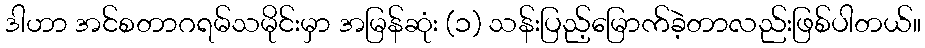
ဒါဟာ အင်စတာဂရမ်သမိုင်းမှာ အမြန်ဆုံး (၁) သန်းပြည့်မြောက်ခဲ့တာလည်းဖြစ်ပါတယ်။